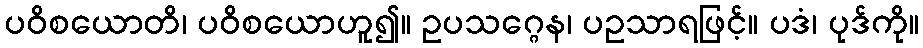
ပဝိစယောတိ၊ ပဝိစယောဟူ၍။ ဥပသဂ္ဂေန၊ ပဥသာရဖြင့်။ ပဒံ၊ ပုဒ်ကို။